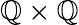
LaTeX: \mathbb{Q}\times\mathbb{Q}